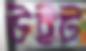
উইট